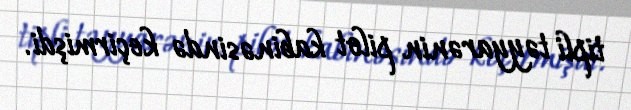
tipli təyyarənin pilot kabinəsində keçirmişdi.